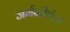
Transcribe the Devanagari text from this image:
जर्मनीचेच